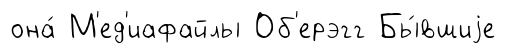
она́ М'ед'иафайлы Об'ерэгг Бы́вшиjе